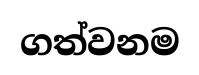
ගත්වනම